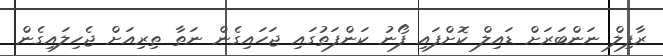
ރާފިލް ނަންބަރަށް ޑައިލް ކޮށްފައި ފޯނު ކަންފަތުގައި ޖަހައިގެން ނަތާ ތިރިއަށް ޖެހިލައިގެން